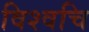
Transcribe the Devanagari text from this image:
विश्वचि